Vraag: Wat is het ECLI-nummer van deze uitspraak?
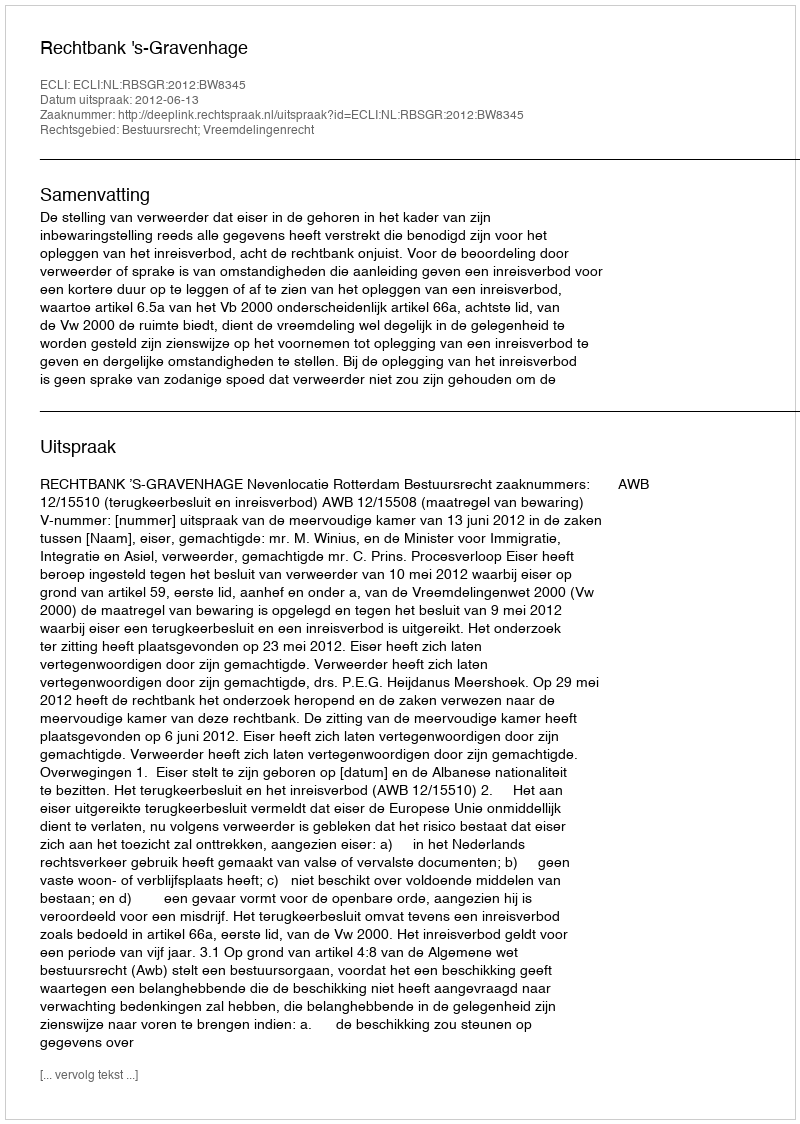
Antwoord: ECLI:NL:RBSGR:2012:BW8345